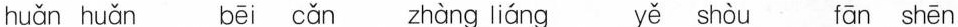
huǎn huǎn bēi cǎn zhàng liáng yě shòu fān shēn